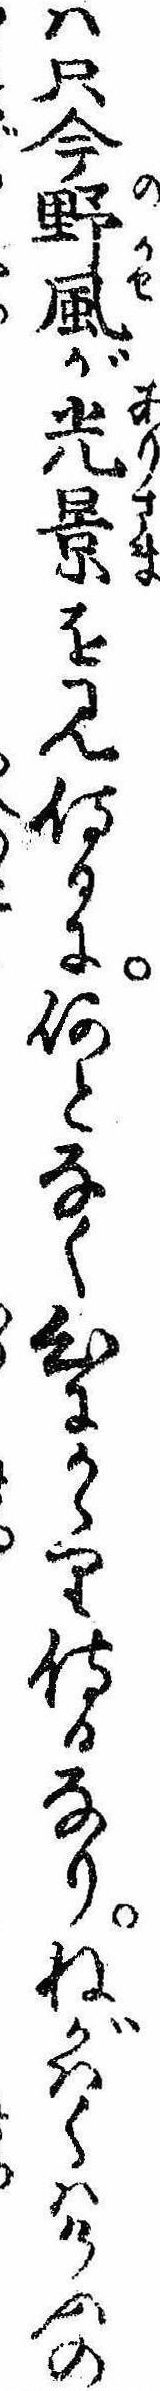
は只今野風が光景を見侍るに何となく心にかゝり侍るなりねがはくはけふの